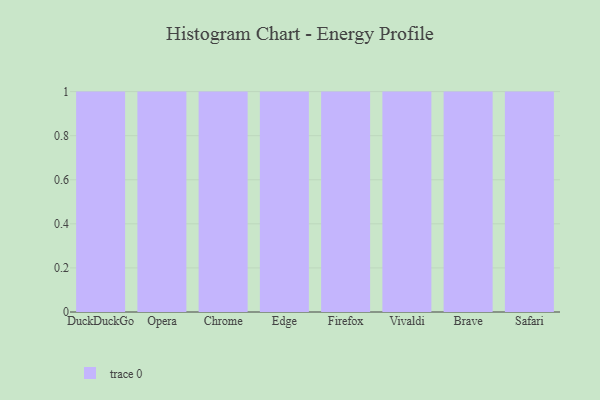
{"axis": {"x": "Browser", "y": "Demand Index"}, "legend": [""], "data": [{"x": "DuckDuckGo", "y": 95, "type": ""}, {"x": "Opera", "y": 51, "type": ""}, {"x": "Chrome", "y": 5, "type": ""}, {"x": "Edge", "y": 13, "type": ""}, {"x": "Firefox", "y": 36, "type": ""}, {"x": "Vivaldi", "y": 49, "type": ""}, {"x": "Brave", "y": 76, "type": ""}, {"x": "Safari", "y": 19, "type": ""}]}